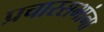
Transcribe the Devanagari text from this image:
प्रचारसभांना